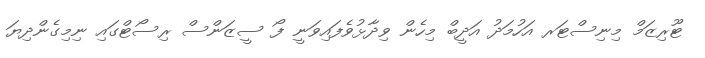
ޓޫރިޒަމް މިނިސްޓަރ އަހުމަދު އަދީބް މިހެން ވިދާޅުވެފައިވަނީ ފޯ ސީޒަންސް ރިސޯޓްގައި ނިމިގެންދިޔަ